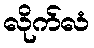
လိုက်လံ